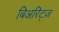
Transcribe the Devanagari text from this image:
बिअरिट्ज़